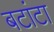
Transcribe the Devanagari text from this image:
बटांटा